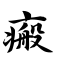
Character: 瘢